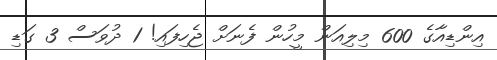
އިންޑިއާގެ 600 މިލިއަން މީހުން ފެނަށް ޖެހިފައި! 1 ދުވަސް 3 ގަޑި